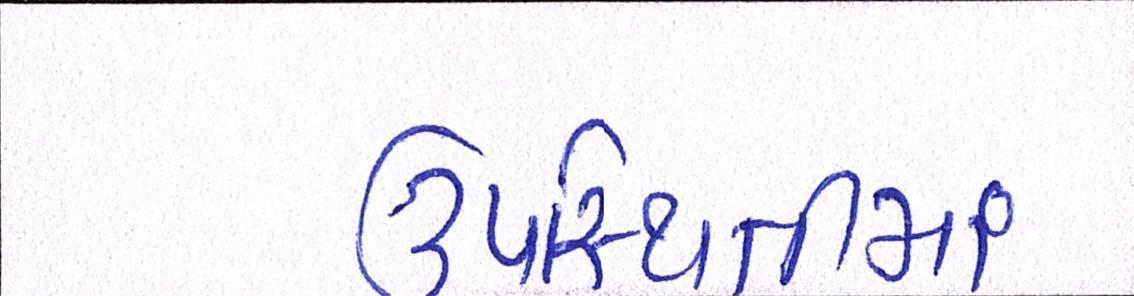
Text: ઉપસ્થિતીમાં